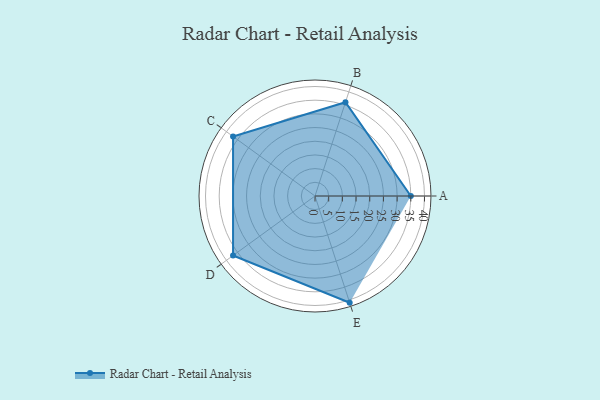
{"axis": {"x": "Skill", "y": "Score"}, "legend": ["Profile"], "data": [{"x": "A", "y": 35.0, "type": "Profile"}, {"x": "B", "y": 36.0, "type": "Profile"}, {"x": "C", "y": 37.0, "type": "Profile"}, {"x": "D", "y": 37.0, "type": "Profile"}, {"x": "E", "y": 41.0, "type": "Profile"}]}